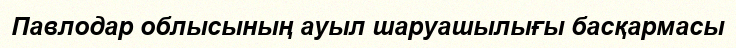
Павлодар облысының ауыл шаруашылығы басқармасы